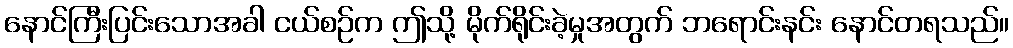
နောင်ကြီးပြင်းသောအခါ ငယ်စဉ်က ဤသို့ မိုက်ရိုင်းခဲ့မှုအတွက် ဘရောင်းနင်း နောင်တရသည်။